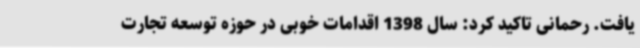
یافت. رحمانی تاکید کرد: سال 1398 اقدامات خوبی در حوزه توسعه تجارت